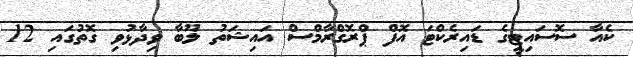
ކެއާ ސޮސައިޓީގެ ޑައިރެކްޓަ އޮފް ޕްރޮގްރާމްސް އައިޝަތު ލޫބާ ވިދާޅުވި ގޮތުގައި 12